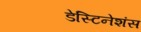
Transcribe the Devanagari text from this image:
डेस्टिनेशंस